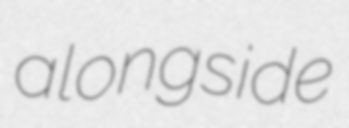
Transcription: alongside